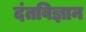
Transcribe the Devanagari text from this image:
दंतविज्ञान